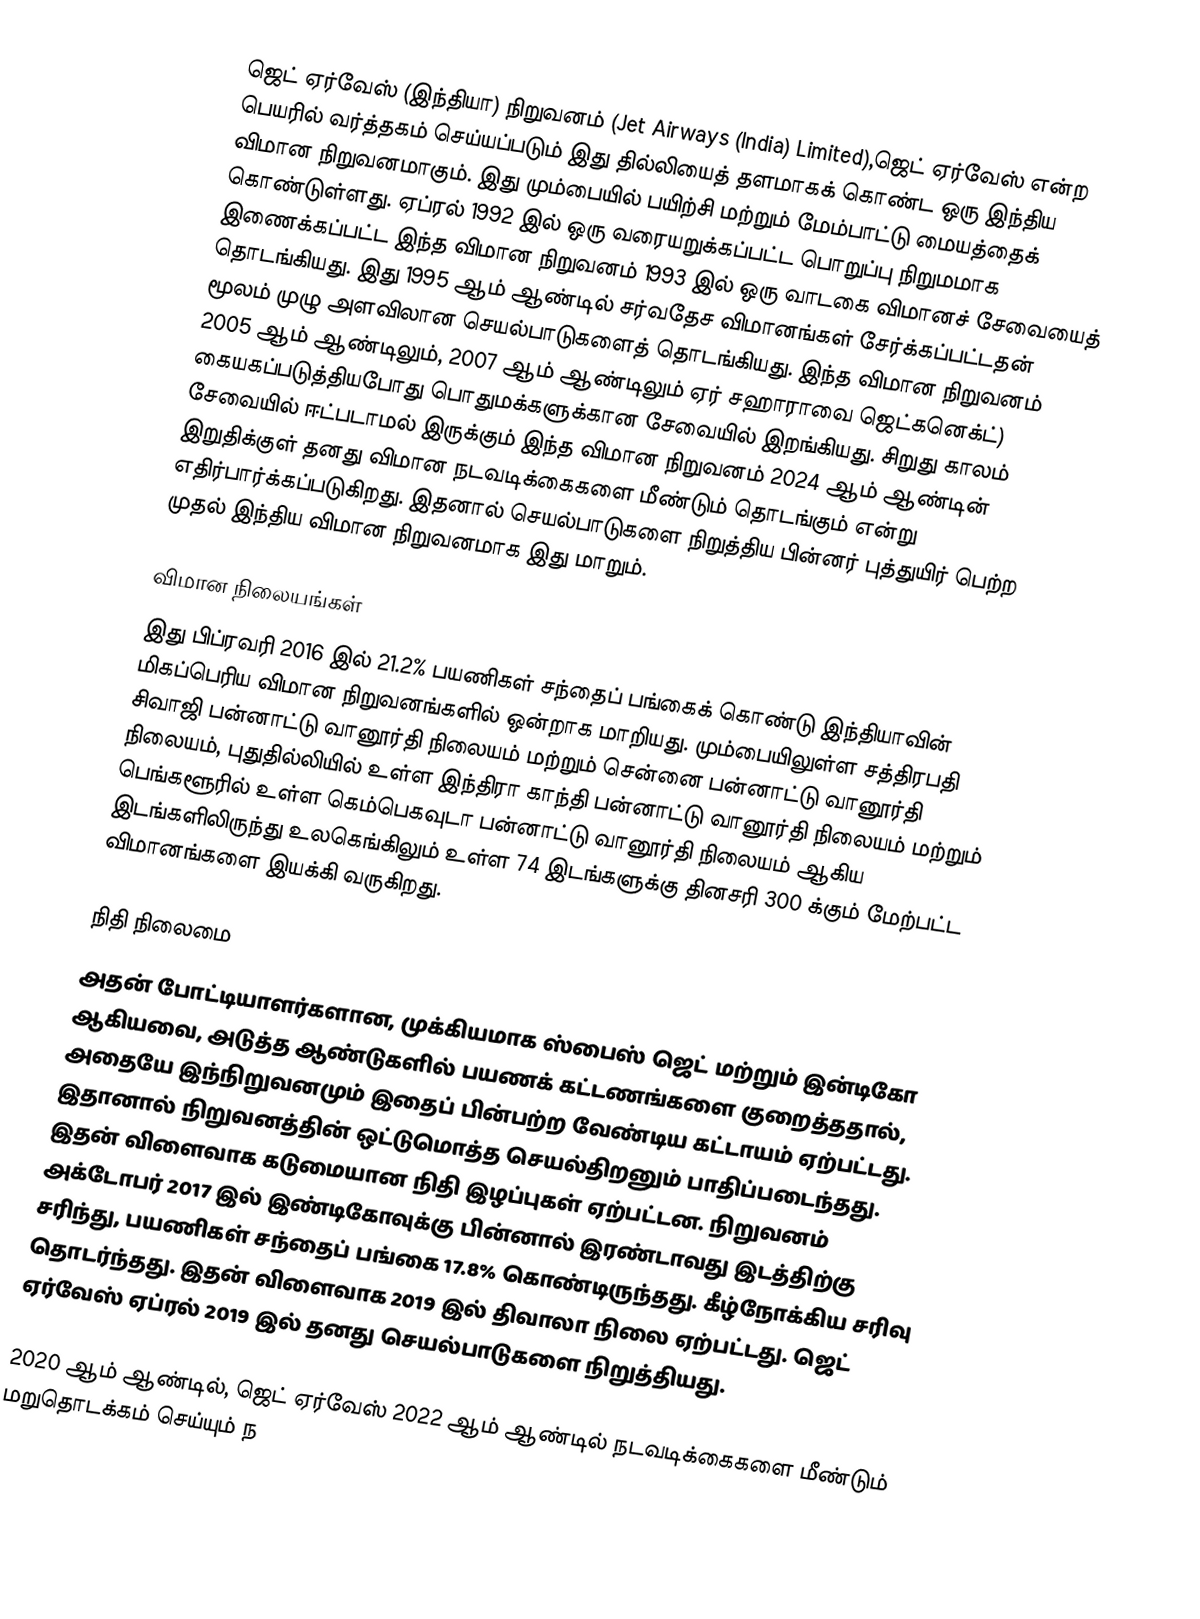
ஜெட் ஏர்வேஸ் (இந்தியா) நிறுவனம் (Jet Airways (India) Limited),ஜெட் ஏர்வேஸ் என்ற பெயரில் வர்த்தகம் செய்யப்படும் இது தில்லியைத் தளமாகக் கொண்ட ஒரு இந்திய விமான நிறுவனமாகும். இது மும்பையில் பயிற்சி மற்றும் மேம்பாட்டு மையத்தைக் கொண்டுள்ளது. ஏப்ரல் 1992 இல் ஒரு வரையறுக்கப்பட்ட பொறுப்பு நிறுமமாக  இணைக்கப்பட்ட இந்த விமான நிறுவனம் 1993 இல் ஒரு வாடகை விமானச் சேவையைத் தொடங்கியது. இது 1995 ஆம் ஆண்டில் சர்வதேச விமானங்கள் சேர்க்கப்பட்டதன் மூலம் முழு அளவிலான செயல்பாடுகளைத் தொடங்கியது. இந்த விமான நிறுவனம் 2005 ஆம் ஆண்டிலும், 2007 ஆம் ஆண்டிலும் ஏர் சஹாராவை ஜெட்கனெக்ட்) கையகப்படுத்தியபோது பொதுமக்களுக்கான சேவையில் இறங்கியது. சிறுது காலம் சேவையில் ஈட்படாமல் இருக்கும் இந்த விமான நிறுவனம் 2024 ஆம் ஆண்டின் இறுதிக்குள் தனது விமான நடவடிக்கைகளை மீண்டும் தொடங்கும் என்று எதிர்பார்க்கப்படுகிறது. இதனால் செயல்பாடுகளை நிறுத்திய பின்னர் புத்துயிர் பெற்ற முதல் இந்திய விமான நிறுவனமாக இது மாறும்.

விமான நிலையங்கள்
இது பிப்ரவரி 2016 இல் 21.2% பயணிகள் சந்தைப் பங்கைக் கொண்டு இந்தியாவின் மிகப்பெரிய விமான நிறுவனங்களில் ஒன்றாக மாறியது. மும்பையிலுள்ள சத்திரபதி சிவாஜி பன்னாட்டு வானூர்தி நிலையம் மற்றும் சென்னை பன்னாட்டு வானூர்தி நிலையம், புதுதில்லியில் உள்ள இந்திரா காந்தி பன்னாட்டு வானூர்தி நிலையம் மற்றும் பெங்களூரில் உள்ள கெம்பெகவுடா பன்னாட்டு வானூர்தி நிலையம் ஆகிய இடங்களிலிருந்து உலகெங்கிலும் உள்ள 74 இடங்களுக்கு தினசரி 300 க்கும் மேற்பட்ட விமானங்களை இயக்கி வருகிறது.

நிதி நிலைமை
அதன் போட்டியாளர்களான, முக்கியமாக ஸ்பைஸ் ஜெட் மற்றும் இன்டிகோ ஆகியவை, அடுத்த ஆண்டுகளில் பயணக் கட்டணங்களை குறைத்ததால், அதையே இந்நிறுவனமும் இதைப் பின்பற்ற வேண்டிய கட்டாயம் ஏற்பட்டது. இதானால் நிறுவனத்தின் ஒட்டுமொத்த செயல்திறனும் பாதிப்படைந்தது. இதன் விளைவாக கடுமையான நிதி இழப்புகள் ஏற்பட்டன. நிறுவனம் அக்டோபர் 2017 இல் இண்டிகோவுக்கு பின்னால் இரண்டாவது இடத்திற்கு சரிந்து, பயணிகள் சந்தைப் பங்கை 17.8% கொண்டிருந்தது. கீழ்நோக்கிய சரிவு தொடர்ந்தது. இதன் விளைவாக 2019 இல் திவாலா நிலை ஏற்பட்டது. ஜெட் ஏர்வேஸ் ஏப்ரல் 2019 இல் தனது செயல்பாடுகளை நிறுத்தியது.

2020 ஆம் ஆண்டில், ஜெட் ஏர்வேஸ் 2022 ஆம் ஆண்டில் நடவடிக்கைகளை மீண்டும் மறுதொடக்கம் செய்யும் ந